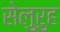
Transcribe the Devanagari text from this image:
सेलुरुह